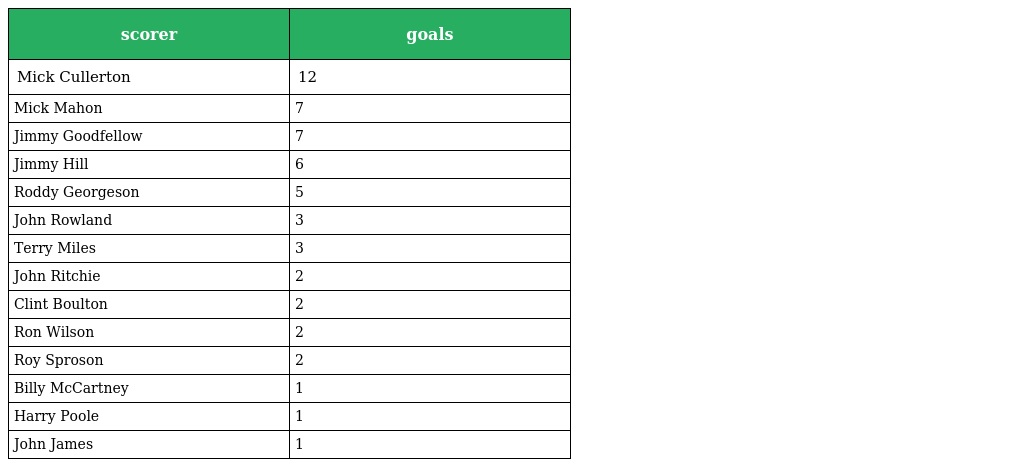
| scorer | goals |
 | --- | --- |
 | Mick Cullerton | 12 |
 | Mick Mahon | 7 |
 | Jimmy Goodfellow | 7 |
 | Jimmy Hill | 6 |
 | Roddy Georgeson | 5 |
 | John Rowland | 3 |
 | Terry Miles | 3 |
 | John Ritchie | 2 |
 | Clint Boulton | 2 |
 | Ron Wilson | 2 |
 | Roy Sproson | 2 |
 | Billy McCartney | 1 |
 | Harry Poole | 1 |
 | John James | 1 |